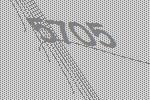
5705